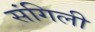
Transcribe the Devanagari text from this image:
संगिली